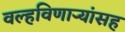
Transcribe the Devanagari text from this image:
वल्हविणाऱ्यांसह